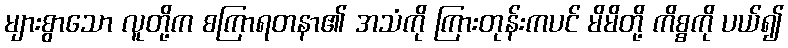
များစွာသော လူတို့က စကြာရတနာ၏ အသံကို ကြားတုန်းကပင် မိမိတို့ ကိစ္စကို ပယ်၍